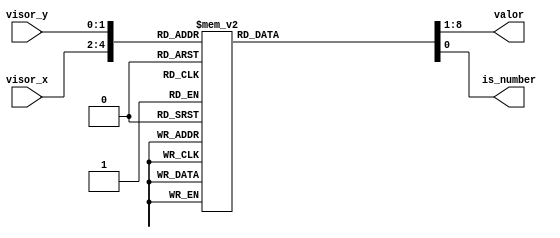
module reconocedor_cursor(

    input [2:0] visor_x,
    input [1:0] visor_y,
    output reg [7:0] valor,
    output reg is_number
    );
        
        always @(*) begin
            case ({visor_x,visor_y})
            {3'd0 ,2'd0}: {valor,is_number}={8'b0,1'b1};
            {3'd1 ,2'd0}: {valor,is_number}={8'b1,1'b1};
            {3'd2 ,2'd0}: {valor,is_number}={8'd2,1'b1};
            {3'd3 ,2'd0}: {valor,is_number}={8'd3,1'b1};
            {3'd4 ,2'd0}: {valor,is_number}={8'd16,1'b0};    //suma
            {3'd5 ,2'd0}: {valor,is_number}={8'd17,1'b0};    //resta
            {3'd0 ,2'd1}: {valor,is_number}={8'd4,1'b1};
            {3'd1 ,2'd1}: {valor,is_number}={8'd5,1'b1};
            {3'd2 ,2'd1}: {valor,is_number}={8'd6,1'b1};
            {3'd3 ,2'd1}: {valor,is_number}={8'd7,1'b1};
            {3'd4 ,2'd1}: {valor,is_number}={8'd18,1'b0};    //mul
            {3'd5 ,2'd1}: {valor,is_number}={8'd19,1'b0};    //or
            {3'd0 ,2'd2}: {valor,is_number}={8'd8,1'b1};
            {3'd1 ,2'd2}: {valor,is_number}={8'd9,1'b1};
            {3'd2 ,2'd2}: {valor,is_number}={8'h0a,1'b1};
            {3'd3 ,2'd2}: {valor,is_number}={8'h0b,1'b1};
            {3'd4 ,2'd2}: {valor,is_number}={8'd20,1'b0};    //and
            {3'd5 ,2'd2}: {valor,is_number}={8'd21,1'b0};    //CE
            {3'd0 ,2'd3}: {valor,is_number}={8'h0c,1'b1};
            {3'd1 ,2'd3}: {valor,is_number}={8'h0d,1'b1};
            {3'd2 ,2'd3}: {valor,is_number}={8'h0e,1'b1};
            {3'd3 ,2'd3}: {valor,is_number}={8'h0f,1'b1};
            {3'd4 ,2'd3}: {valor,is_number}={8'd22,1'b0};    //EXE
            default: {valor,is_number}={8'd28,1'b0};
            endcase
        end
endmodule